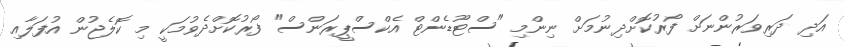
އަދި ދަރިވަރުންނަށް ފޯރުކޮށްދިނުމަށް ނިންމި "ސްޓޫޑެންޓް އެކްސްޕީރަންސް" ފޯރުކޮށްދެވުމަކީ މި ކޮލެޖުން އުފަލާއި